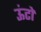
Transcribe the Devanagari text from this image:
ऊंटो